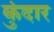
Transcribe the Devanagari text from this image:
कुंदार